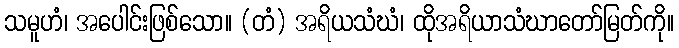
သမူဟံ၊ အပေါင်းဖြစ်သော။ (တံ) အရိယသံဃံ၊ ထိုအရိယာသံဃာတော်မြတ်ကို။